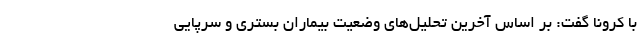
با کرونا گفت: بر اساس آخرین تحلیل‌های وضعیت بیماران بستری و سرپایی